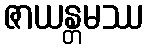
ဇာယန္တမဿ